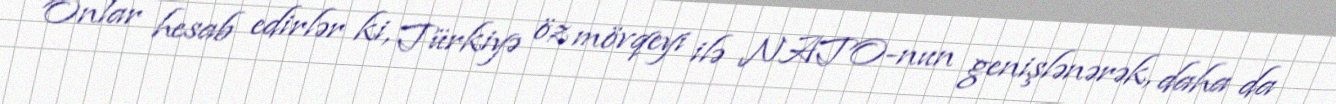
Onlar hesab edirlər ki, Türkiyə öz mövqeyi ilə NATO-nun genişlənərək, daha da